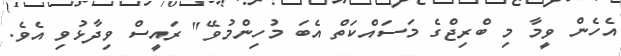
އެހެން ވީމާ މި ބްރިޖްގެ މަސައްކަތް އެބަ މުހިންމުވޭ" ރައީސް ވިދާޅުވި އެވެ.